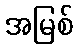
အမြစ်